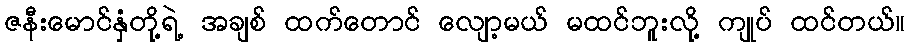
ဇနီးမောင်နှံတို့ရဲ့ အချစ် ထက်တောင် လျော့မယ် မထင်ဘူးလို့ ကျုပ် ထင်တယ်။